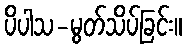
ပိပါသ-မွတ်သိပ်ခြင်း။